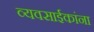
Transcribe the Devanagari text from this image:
व्यवसाईकांना